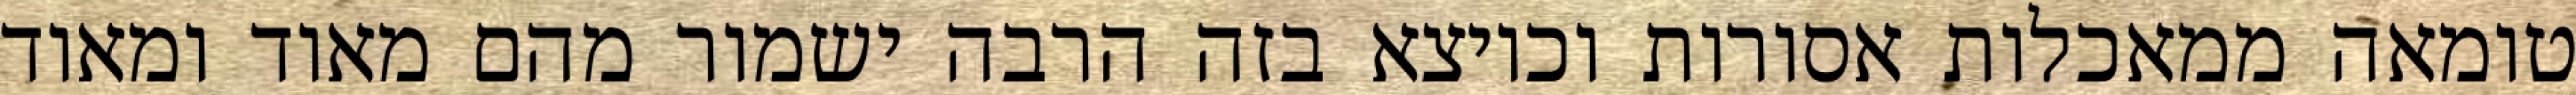
טומאה ממאכלות אסורות וכיוצא בזה הרבה ישמור מהם מאוד ומאוד